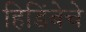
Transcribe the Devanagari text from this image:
हिडिंबेचे